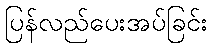
ပြန်လည်ပေးအပ်ခြင်း